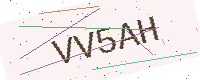
Text: VV5AH